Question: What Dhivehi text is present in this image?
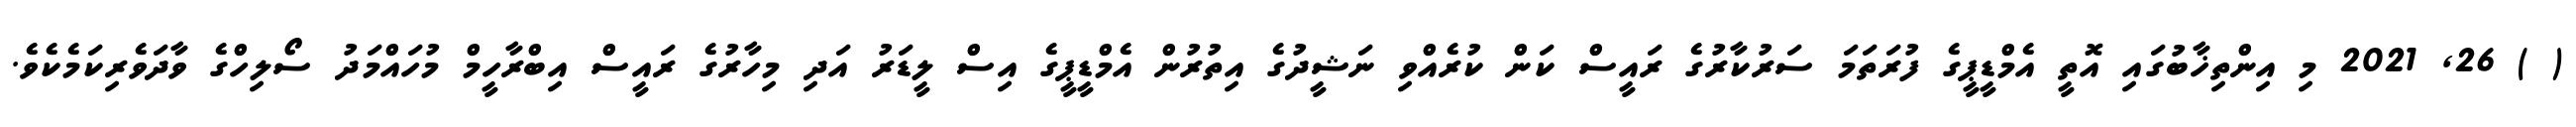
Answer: ( ) 26, 2021 މި އިންތިޚާބުގައި އޮތީ އެމްޑީޕީގެ ފުރަތަމަ ސަރުކާރުގެ ރައީސް ކަން ކުރެއްވި ނަޝީދުގެ އިތުރުން އެމްޑީޕީގެ އިސް ލީޑަރު އަދި މިހާރުގެ ރައީސް އިބްރާހީމް މުހައްމަދު ސޯލިހްގެ ވާދަވެރިކަމެކެވެ.